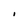
Character: I